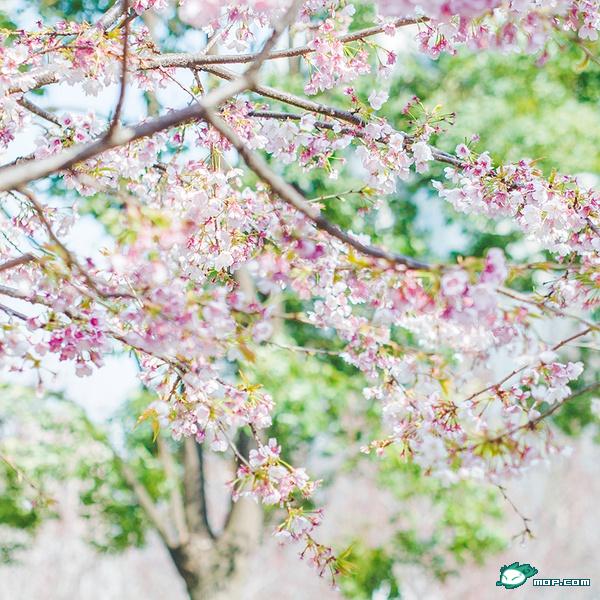
春风春雨花经眼，江北江南水拍天。